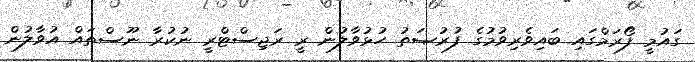
ގައުމީ ފޯރަމްގައި ބައިވެރިވުމުގެ ފުރުޞަތު ހުޅުވާލުން ރީ ރަޖިސްޓްރީ ނުކުރާ ނޫސްތައް އުވާލުން